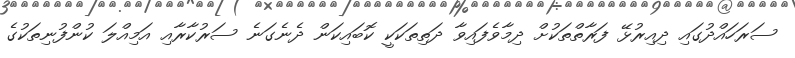
ސަރަހައްދުގައި ދިއިރުޅޭ ފަރާތްތަކުށް ދިމާވެފައިވާ ދަތިތަކަކީ ކޮބައިކަން ދެނެގަނެ ސަރުކާރާއި އަމިއްލަ ކުންފުނިތަކުގެ